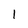
Character: 1